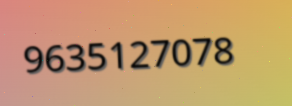
9635127078